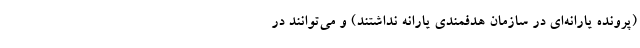
(پرونده یارانه‌ای در سازمان هدفمندی یارانه نداشتند) و می‌توانند در